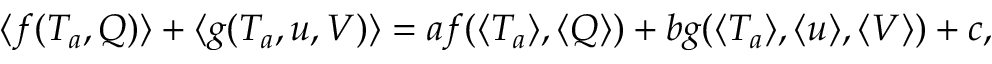
\langle f ( T _ { a } , Q ) \rangle + \langle g ( T _ { a } , u , V ) \rangle = a f ( \langle T _ { a } \rangle , \langle Q \rangle ) + b g ( \langle T _ { a } \rangle , \langle u \rangle , \langle V \rangle ) + c ,